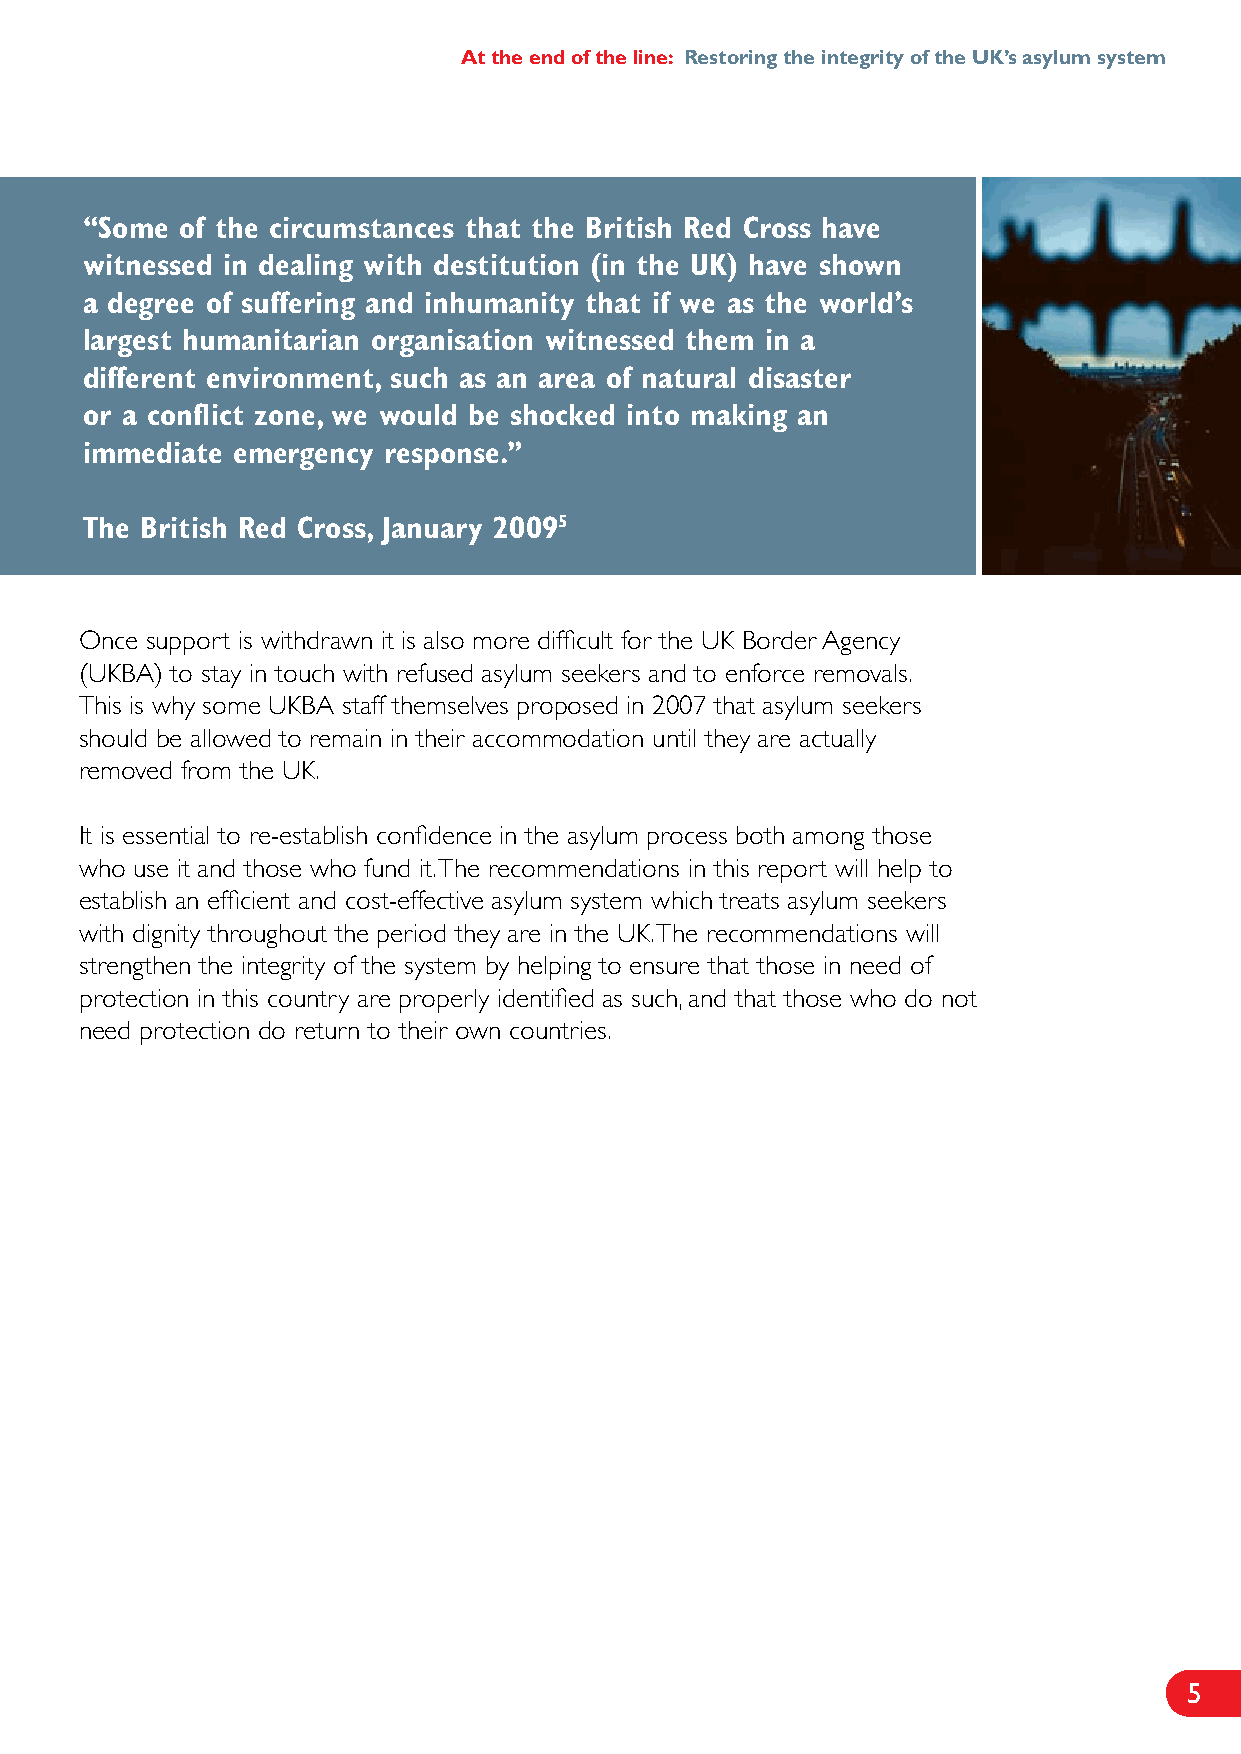
At the end of the line: Restoring the integrity of the UK’s asylum system
 “Some  of the circumstances that the British Red Cross have
 witnessed in dealing with destitution (in the UK) have shown
 a degree of suffering and inhumanity that if we as the world’s
 largest humanitarian organisation witnessed them in a
 different environment, such as an area of natural disaster
 or a conflict zone, we would be shocked into making an
 immediate emergency response.”
 The British Red Cross, January 20095
 Once support is withdrawn it is also more difficult for the UK Border Agency
 (UKBA) to stay in touch with refused asylum seekers and to enforce removals.
 This is why some UKBA staff themselves proposed in 2007 that asylum seekers
 should be allowed to remain in their accommodation until they are actually
 removed from the UK.
 It is essential to re-establish confidence in the asylum process both among those
 who use it and those who fund it. The recommendations in this report will help to
 establish an efficient and cost-effective asylum system which treats asylum seekers
 with dignity throughout the period they are in the UK. The recommendations will
 strengthen the integrity of the system by helping to ensure that those in need of
 protection in this country are properly identified as such, and that those who do not
 need protection do return to their own countries.
 5